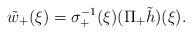
LaTeX: \begin{align*}\tilde w_+(\xi)=\sigma^{-1}_+(\xi)(\Pi_+\tilde h)(\xi).\end{align*}